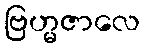
ဗြဟ္မဇာလေ